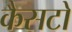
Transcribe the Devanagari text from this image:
कैसटों